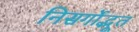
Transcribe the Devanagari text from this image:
निसर्गोद्भूत